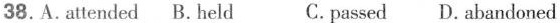
38.A.attended B.held C.passed D.abandoned